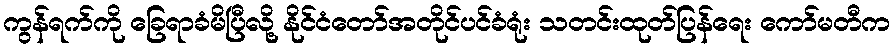
ကွန်ရက်ကို ခြေရာခံမိပြီလို့ နိုင်ငံတော်အတိုင်ပင်ခံရုံး သတင်းထုတ်ပြန်ရေး ကော်မတီက